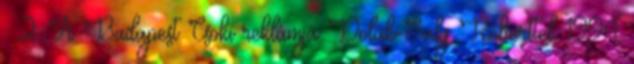
: 2. A Budapest Csoki reklámja Dolák-Saly Róberttel 1994